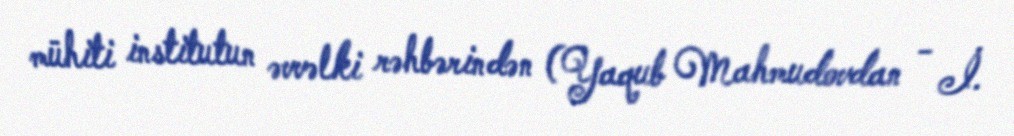
mühiti institutun əvvəlki rəhbərindən (Yaqub Mahmudovdan - İ.